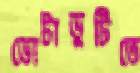
ভোটাভুটিতে